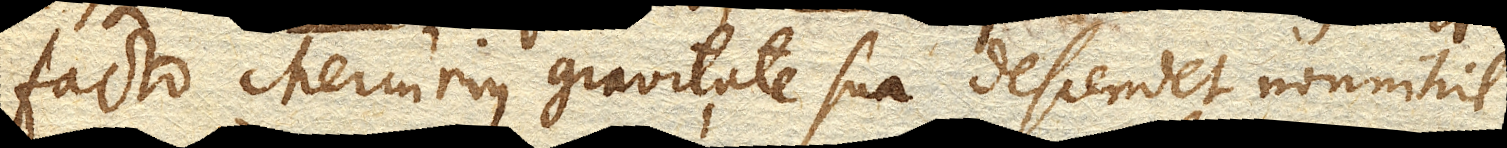
facto Mercurius gravitate sua descendet nonnihil